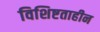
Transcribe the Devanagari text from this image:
विशिष्टताहीन